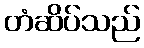
တံဆိပ်သည်